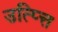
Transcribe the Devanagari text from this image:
उत्प्त्ति